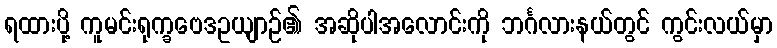
ရထားပို့ ကူမင်းရုက္ခဗေဒဥယျာဉ်၏ အဆိုပါအလောင်းကို ဘင်္ဂလားနယ်တွင် ကွင်းလယ်မှာ